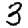
Digit: 3